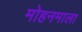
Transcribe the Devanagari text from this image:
मोहनमाला